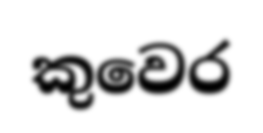
කුවෙර